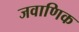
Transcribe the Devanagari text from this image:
जवाणिक